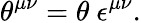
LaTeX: \theta^{\mu\nu}=\theta~\epsilon^{\mu\nu}.